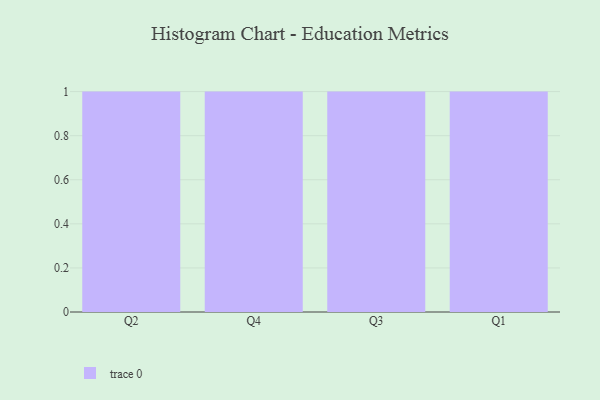
{"axis": {"x": "Quarter", "y": "Bounce Rate (%)"}, "legend": [""], "data": [{"x": "Q2", "y": 64, "type": ""}, {"x": "Q4", "y": 3, "type": ""}, {"x": "Q3", "y": 58, "type": ""}, {"x": "Q1", "y": 63, "type": ""}]}